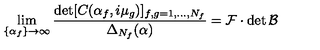
\lim _ { \{ \alpha _ { f } \} \to \infty } \frac { \det [ C ( \alpha _ { f } , i \mu _ { g } ) ] _ { f , g = 1 , \dots , N _ { f } } } { \Delta _ { N _ { f } } ( \alpha ) } = \mathcal { F } \cdot \det \mathcal { B }